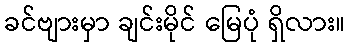
ခင်ဗျားမှာ ချင်းမိုင် မြေပုံ ရှိလား။